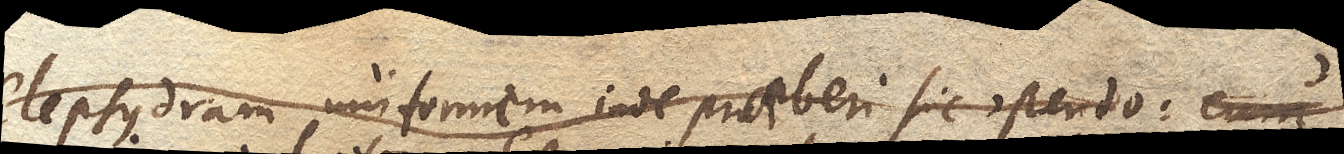
Clepsydram uniformem inde praeberi sic ostendo: cum